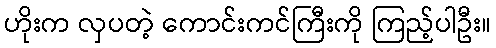
ဟိုးက လှပတဲ့ ကောင်းကင်ကြီးကို ကြည့်ပါဦး။